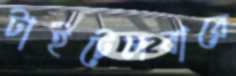
টাইটেলবারে